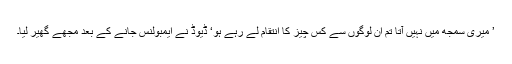
’ میری سمجھ میں نہیں آتا تم ان لوگوں سے کس چیز کا انتقام لے رہے ہو‘ ڈیوڈ نے ایمبولنس جانے کے بعد مجھے گھیر لیا۔